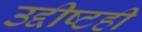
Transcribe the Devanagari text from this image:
उद्दीष्टही